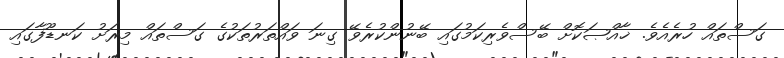
ގަސްތައް ހުރެއެވެ. ޚާއްޞަކޮށް ބޭސްވެރިކަމުގައި ބޭނުންކުރެވޭ ގިނަ ވައްތަރުތަކުގެ ގަސްތައް މިރަަށު ކަނޑޫފާގައި